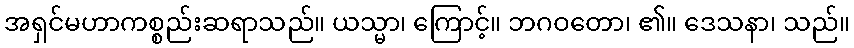
အရှင်မဟာကစ္စည်းဆရာသည်။ ယသ္မာ၊ ကြောင့်။ ဘဂဝတော၊ ၏။ ဒေသနာ၊ သည်။